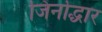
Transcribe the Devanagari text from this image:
जिर्नोद्धार